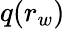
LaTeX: q(r_{w})